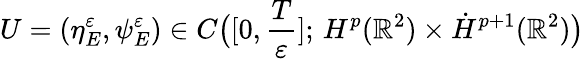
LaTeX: U=(\eta_{E}^{\varepsilon},\psi_{E}^{\varepsilon})\in C\big([0,\frac{T}{\varepsilon}];\, H^{p}(\mathbb{R}^{2})\times\dot{H}^{p+1}(\mathbb{R}^{2})\big)